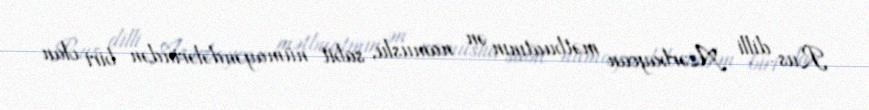
Rus dilli Azərbaycan mətbuatının ən namuslu, sabit nümayəndələrindən biri olan